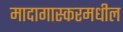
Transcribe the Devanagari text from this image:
मादागास्करमधील